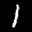
Label: 1